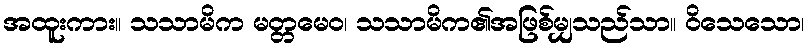
အထူးကား။ သသာမိက မတ္တမေဝ၊ သသာမိက၏အဖြစ်မျှသည်သာ။ ဝိသေသော၊